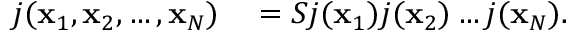
\begin{array} { r l } { j ( \mathbf { x } _ { 1 } , \mathbf { x } _ { 2 } , \ldots , \mathbf { x } _ { N } ) } & { { } = S j ( \mathbf { x } _ { 1 } ) j ( \mathbf { x } _ { 2 } ) \ldots { } j ( \mathbf { x } _ { N } ) . } \end{array}